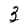
Character: 3